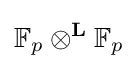
\mathbb {F} _{p}\otimes ^{\mathbf {L} }\mathbb {F} _{p}